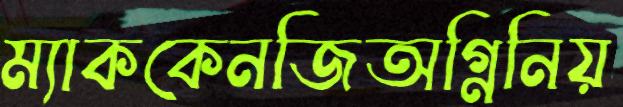
ম্যাককেনজিঅগ্নিনিয়